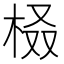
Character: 𣑚